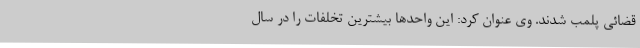
قضائی پلمب شدند. وی عنوان کرد: این واحدها بیشترین تخلفات را در سال